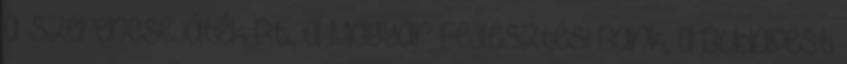
a Szerencsejáték Rt., a Magyar Fejlesztési Bank, a Budapest